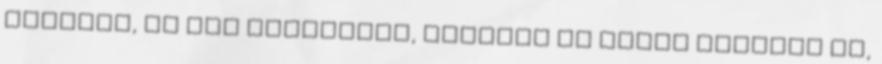
először, ha jól emlékszem, úgyhogy ha ilyen ütemben nő,